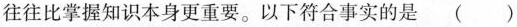
往往比掌握知识本身更重要。以下符合事实的是（）